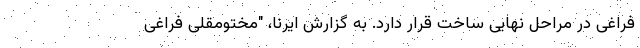
فراغی در مراحل نهایی ساخت قرار دارد. به گزارش ایرنا، "مختومقلی فراغی